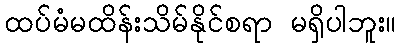
ထပ်မံမထိန်းသိမ်နိုင်စရာ မရှိပါဘူး။